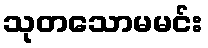
သုတသောမမင်း